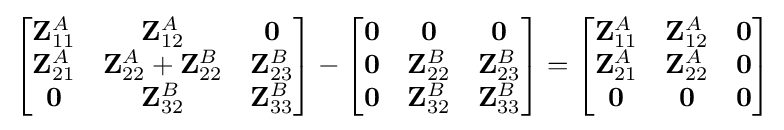
{\begin{bmatrix}\mathbf {Z} _{11}^{A}&\mathbf {Z} _{12}^{A}&\mathbf {0} \\\mathbf {Z} _{21}^{A}&\mathbf {Z} _{22}^{A}+\mathbf {Z} _{22}^{B}&\mathbf {Z} _{23}^{B}\\\mathbf {0} &\mathbf {Z} _{32}^{B}&\mathbf {Z} _{33}^{B}\end{bmatrix}}-{\begin{bmatrix}\mathbf {0} &\mathbf {0} &\mathbf {0} \\\mathbf {0} &\mathbf {Z} _{22}^{B}&\mathbf {Z} _{23}^{B}\\\mathbf {0} &\mathbf {Z} _{32}^{B}&\mathbf {Z} _{33}^{B}\end{bmatrix}}={\begin{bmatrix}\mathbf {Z} _{11}^{A}&\mathbf {Z} _{12}^{A}&\mathbf {0} \\\mathbf {Z} _{21}^{A}&\mathbf {Z} _{22}^{A}&\mathbf {0} \\\mathbf {0} &\mathbf {0} &\mathbf {0} \end{bmatrix}}